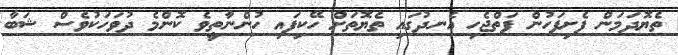
ތެޔޮދަމަން ފެށިފަހުން ފަތްޖެހި އެނދުގައި ތެޔޮތަށް ހޭކިފައި ހުންނާތީވެ ކޮންމެ ދުވަހަކުވެސް ޝަބާ